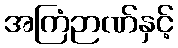
အကြံဉာဏ်နှင့်